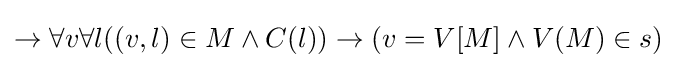
\to \forall v\forall l((v,l)\in M\land C(l))\to (v=V[M]\land V(M)\in s)